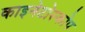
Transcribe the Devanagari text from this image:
काइनेटोस्कोप